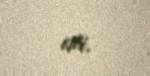
idi.